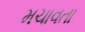
મચાવતા